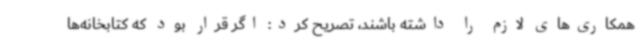
همکاری‌های لازم را داشته باشند، تصریح کرد: اگر قرار بود که کتابخانه‌ها